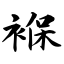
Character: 褓